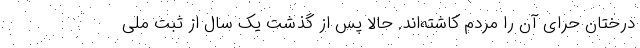
درختان حرّای آن را مردم کاشته‌اند. حالا پس از گذشت یک سال از ثبت ملی